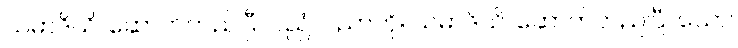
သမာဒိယိ၊ ဆောက်တည်ပြီ။ ပညံ၊ ပညာကို။ သမာဒိယိ၊ ဆောက်တည်ပြီ။ သော၊